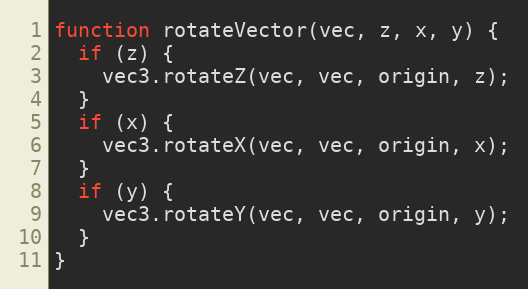
Language: JavaScript
function rotateVector(vec, z, x, y) {
  if (z) {
    vec3.rotateZ(vec, vec, origin, z);
  }
  if (x) {
    vec3.rotateX(vec, vec, origin, x);
  }
  if (y) {
    vec3.rotateY(vec, vec, origin, y);
  }
}